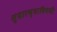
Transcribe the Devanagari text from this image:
सुधारण्याविषयीं